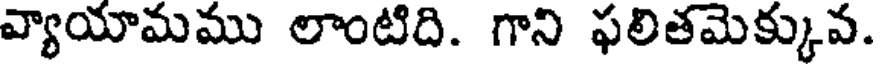
వ్యాయామము లాంటిది. గాని ఫలితమెక్కువ.